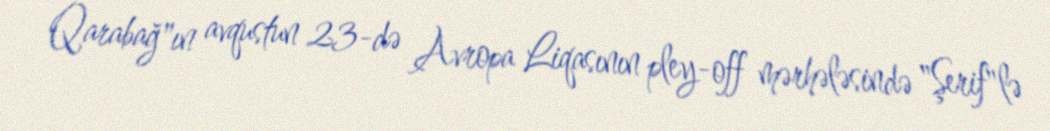
Qarabağ"ın avqustun 23-də Avropa Liqasının pley-off mərhələsində "Şerif"lə